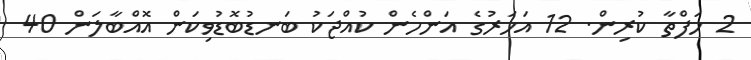
2 ހަފްތާ ކުރިން. 12 އަހަރުގެ އަންހެން ކުއްޖަކު ބަނޑުބޮޑުވިކަން އޮއްބާލަން 40